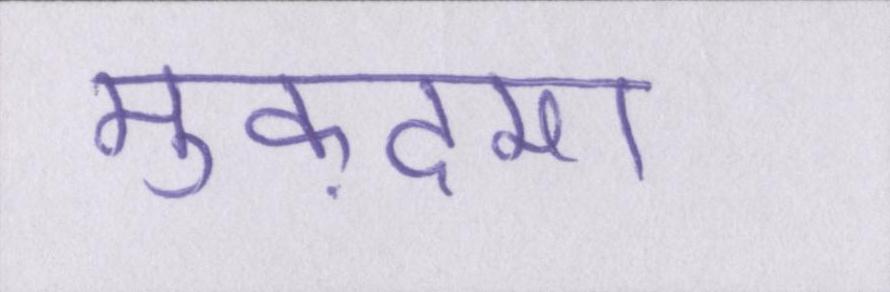
मुक़दमा